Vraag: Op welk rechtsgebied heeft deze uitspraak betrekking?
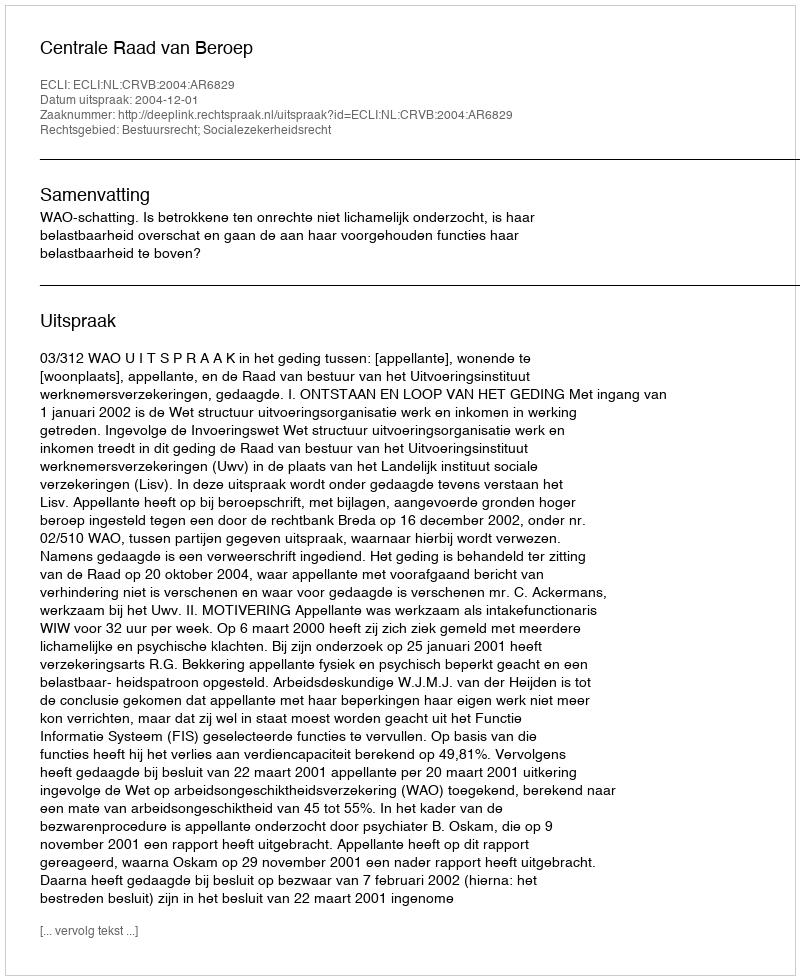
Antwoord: Bestuursrecht; Socialezekerheidsrecht